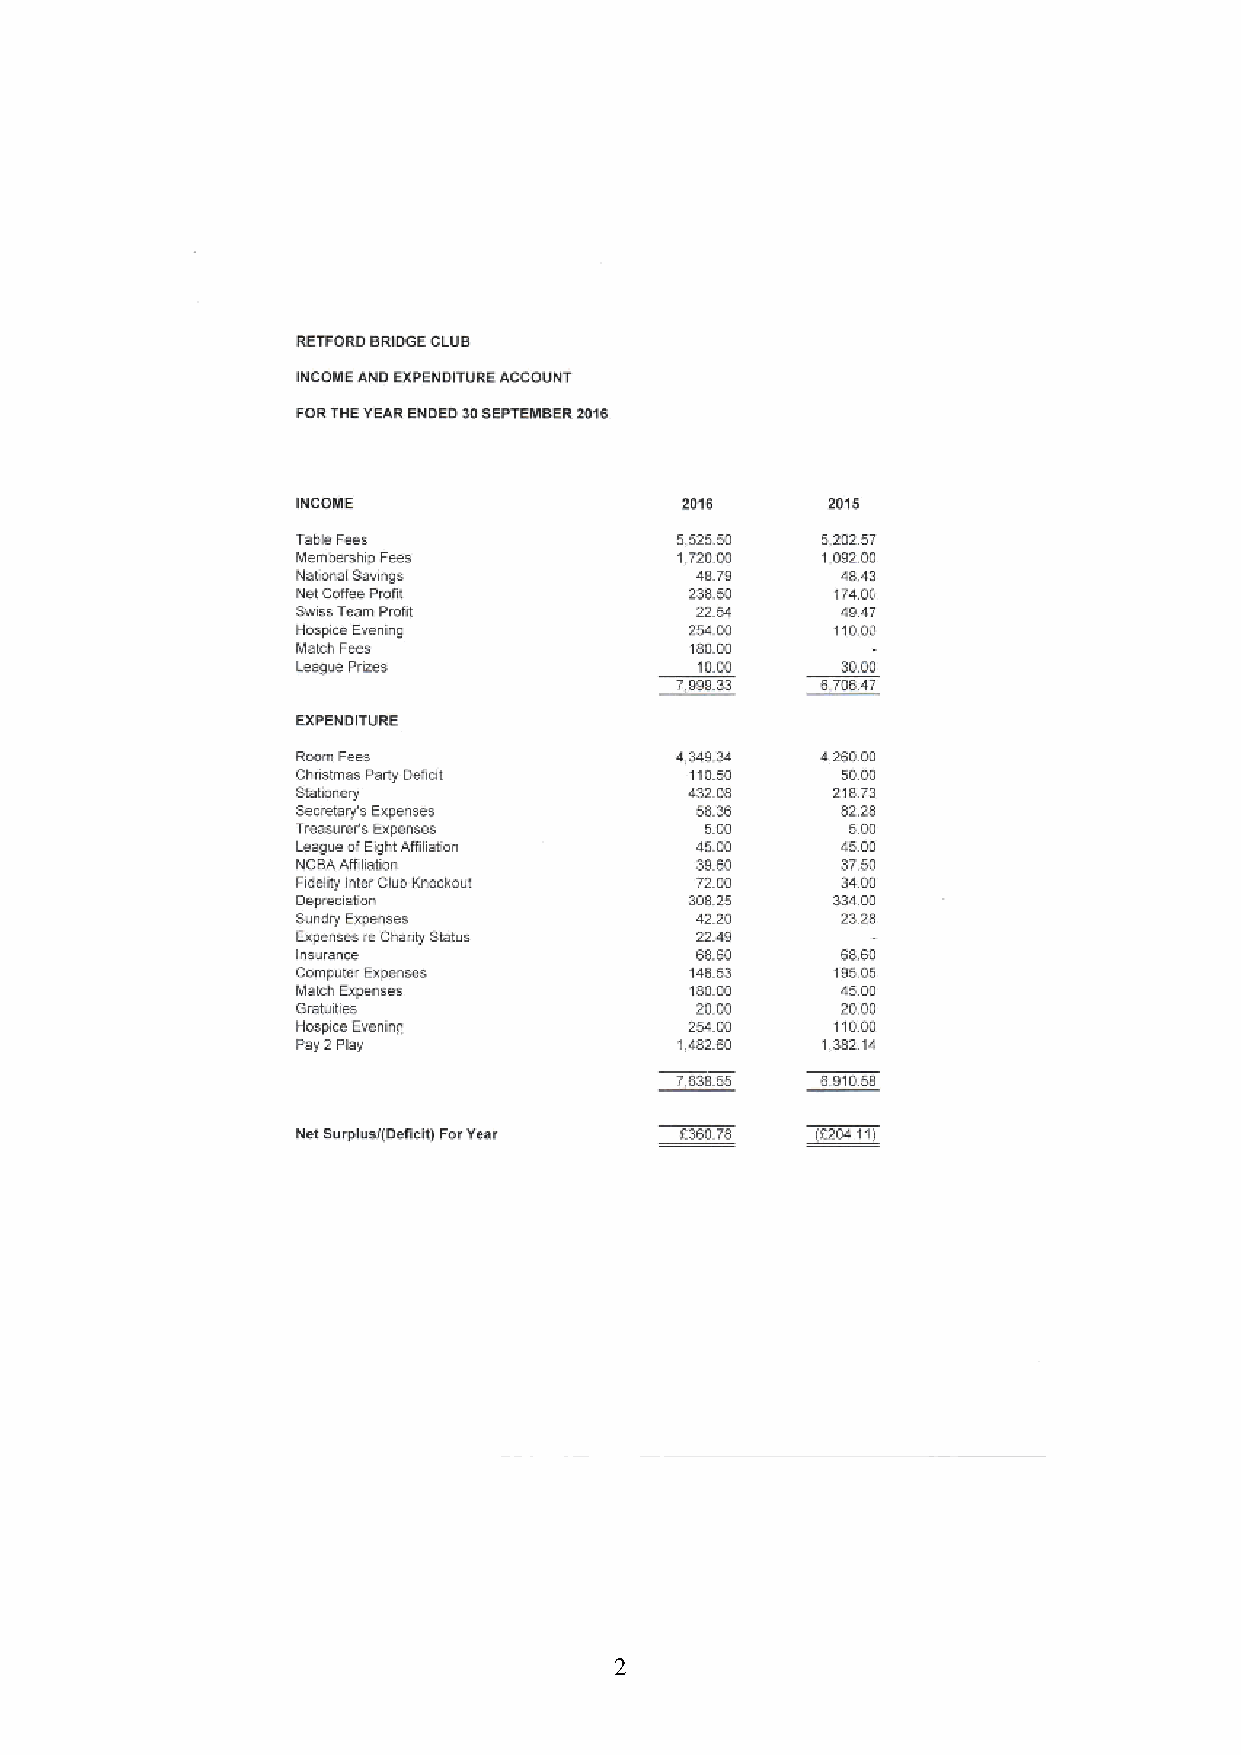
2